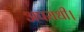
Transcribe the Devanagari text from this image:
अपराधी।